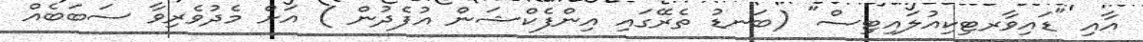
އާއި "ޑައިވާރޓިކިއުލައިޓިސް" (ބަނޑު ތެރޭގައި އިންފެކްޝަން އުފެދުން ) އަށް މެދުވެރިވާ ސަބަބެއް